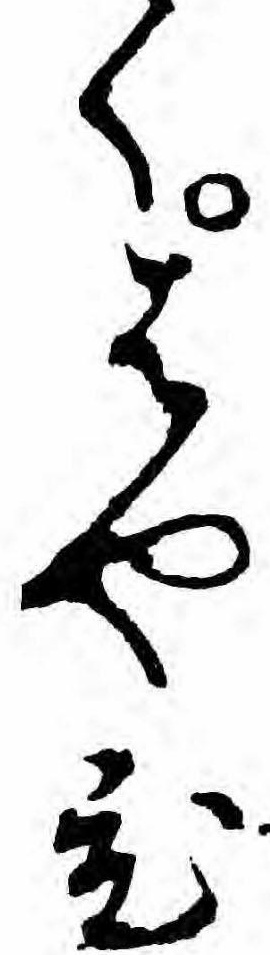
くはやひ